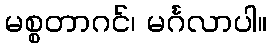
မစ္စတာဂင်၊ မင်္ဂလာပါ။